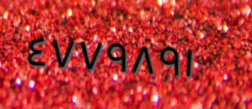
٤٧٧٩٨٩١